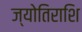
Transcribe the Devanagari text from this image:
ज्योतिराशि